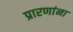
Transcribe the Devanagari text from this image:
प्रारणांना